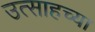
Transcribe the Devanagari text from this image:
उत्साहच्या